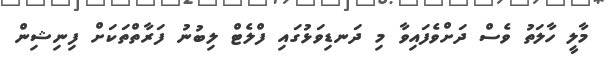
މާލީ ހާލަތު ވެސް ދަށްވެފައިވާ މި ދަނޑިވަޅުގައި ފްލެޓް ލިބުނު ފަރާތްތަކަށް ފިނިޝިން